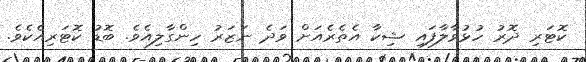
ކޮޓަރި ދޮރު ހުޅުވާލާފައި ޝިކާ އެތެރެއަށް ވަދެ ނަޒަރު ހިންގާލިއެވެ. ބޮޑު ކޮޓަރިއެކެވެ.